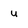
Character: u